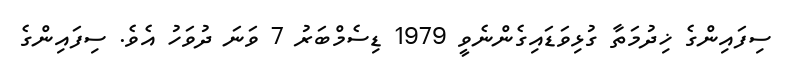
ސިފައިންގެ ޚިދުމަތާ ގުޅިވަޑައިގެންނެވީ 1979 ޑިސެމްބަރު 7 ވަނަ ދުވަހު އެވެ. ސިފައިންގެ